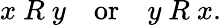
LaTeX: x\ R\ y\quad{\mathrm{or}}\quad y\ R\ x.